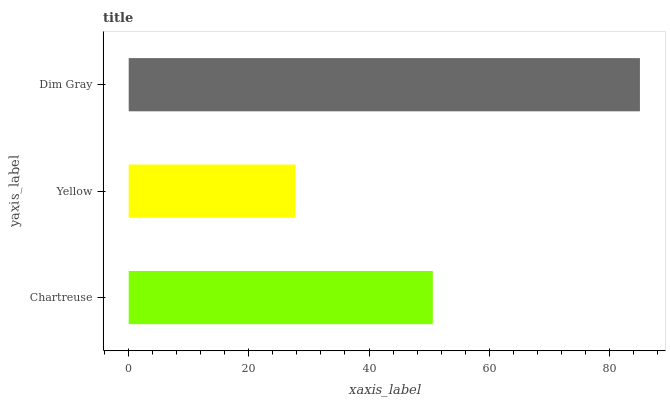
| yaxis_label | bars |
 | --- | --- |
 | Chartreuse | 50.6 |
 | Yellow | 27.8 |
 | Dim Gray | 85.1 |